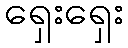
ရှေးရှေး